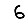
Digit: 6